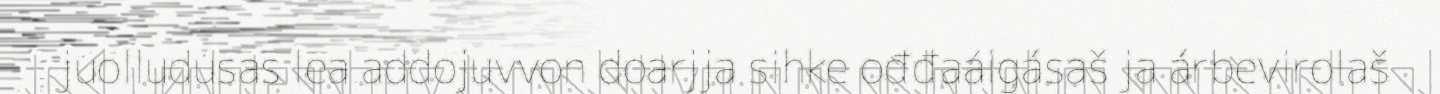
juolludusas lea addojuvvon doarjja sihke ođđaáigásaš ja árbevirolaš